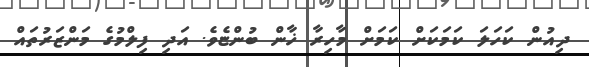
ދިއުން ކަހަލަ ކަމަކަށް ކަމަށް މާހިރާ ޚާން ބުންޏެވެ. އަދި ފިލްމުގެ މަންޒަރުތައް